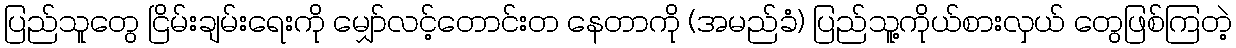
ပြည်သူတွေ ငြိမ်းချမ်းရေးကို မျှော်လင့်တောင်းတ နေတာကို (အမည်ခံ) ပြည်သူ့ကိုယ်စားလှယ် တွေဖြစ်ကြတဲ့